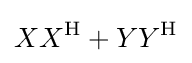
XX^{\mathrm {H} }+YY^{\mathrm {H} }